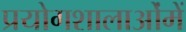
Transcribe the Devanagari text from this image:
प्रयोगशालाओंमें